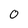
Character: 0